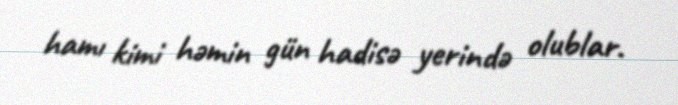
hamı kimi həmin gün hadisə yerində olublar.